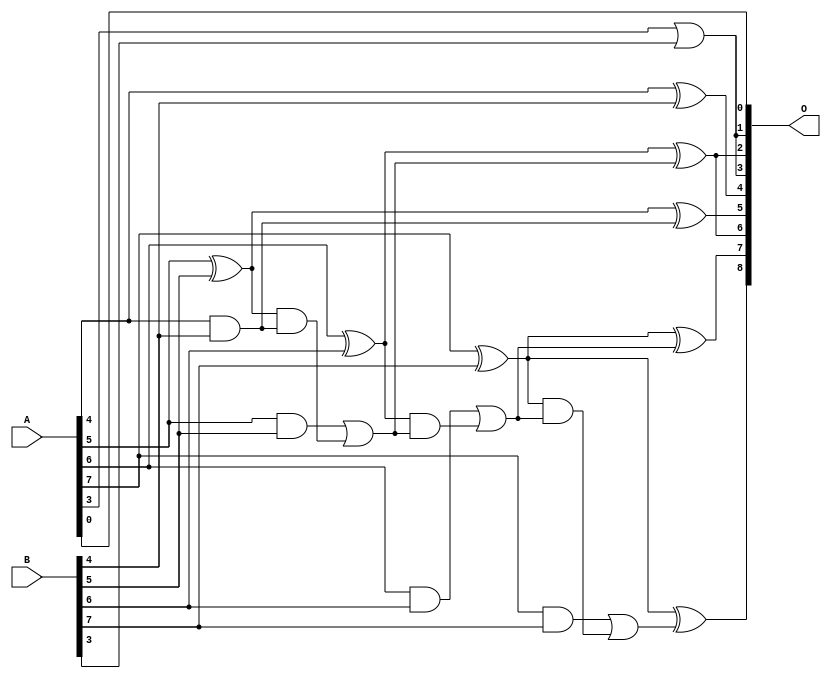
/***
* This code is a part of EvoApproxLib library (ehw.fit.vutbr.cz/approxlib) distributed under The MIT License.
* When used, please cite the following article(s): V. Mrazek, L. Sekanina, Z. Vasicek "Libraries of Approximate Circuits: Automated Design and Application in CNN Accelerators" IEEE Journal on Emerging and Selected Topics in Circuits and Systems, Vol 10, No 4, 2020 
* This file contains a circuit from a sub-set of pareto optimal circuits with respect to the pwr and mre parameters
***/
// MAE% = 2.23 %
// MAE = 5.7 
// WCE% = 7.42 %
// WCE = 19 
// WCRE% = 750.00 %
// EP% = 93.75 %
// MRE% = 18.02 %
// MSE = 50 
// PDK45_PWR = 0.016 mW
// PDK45_AREA = 41.3 um2
// PDK45_DELAY = 0.31 ns

module add8se_76P (
    A,
    B,
    O
);

input [7:0] A;
input [7:0] B;
output [8:0] O;

wire sig_31,sig_33,sig_34,sig_38,sig_39,sig_40,sig_41,sig_42,sig_43,sig_44,sig_45,sig_46,sig_47,sig_48,sig_49,sig_50,sig_51,sig_52,sig_53,sig_54;

assign sig_31 = A[3] | B[3];
assign sig_33 = A[4] ^ B[4];
assign sig_34 = A[4] & B[4];
assign sig_38 = A[5] ^ B[5];
assign sig_39 = A[5] & B[5];
assign sig_40 = sig_38 & sig_34;
assign sig_41 = sig_38 ^ sig_34;
assign sig_42 = sig_39 | sig_40;
assign sig_43 = A[6] ^ B[6];
assign sig_44 = A[6] & B[6];
assign sig_45 = sig_43 & sig_42;
assign sig_46 = sig_43 ^ sig_42;
assign sig_47 = sig_44 | sig_45;
assign sig_48 = A[7] ^ B[7];
assign sig_49 = A[7] & B[7];
assign sig_50 = sig_48 & sig_47;
assign sig_51 = sig_48 ^ sig_47;
assign sig_52 = sig_49 | sig_50;
assign sig_53 = A[7] ^ B[7];
assign sig_54 = sig_53 ^ sig_52;

assign O[8] = sig_54;
assign O[7] = sig_51;
assign O[6] = sig_46;
assign O[5] = sig_41;
assign O[4] = sig_33;
assign O[3] = sig_31;
assign O[2] = sig_46;
assign O[1] = sig_31;
assign O[0] = A[0];

endmodule